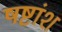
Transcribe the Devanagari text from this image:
षष्टांश